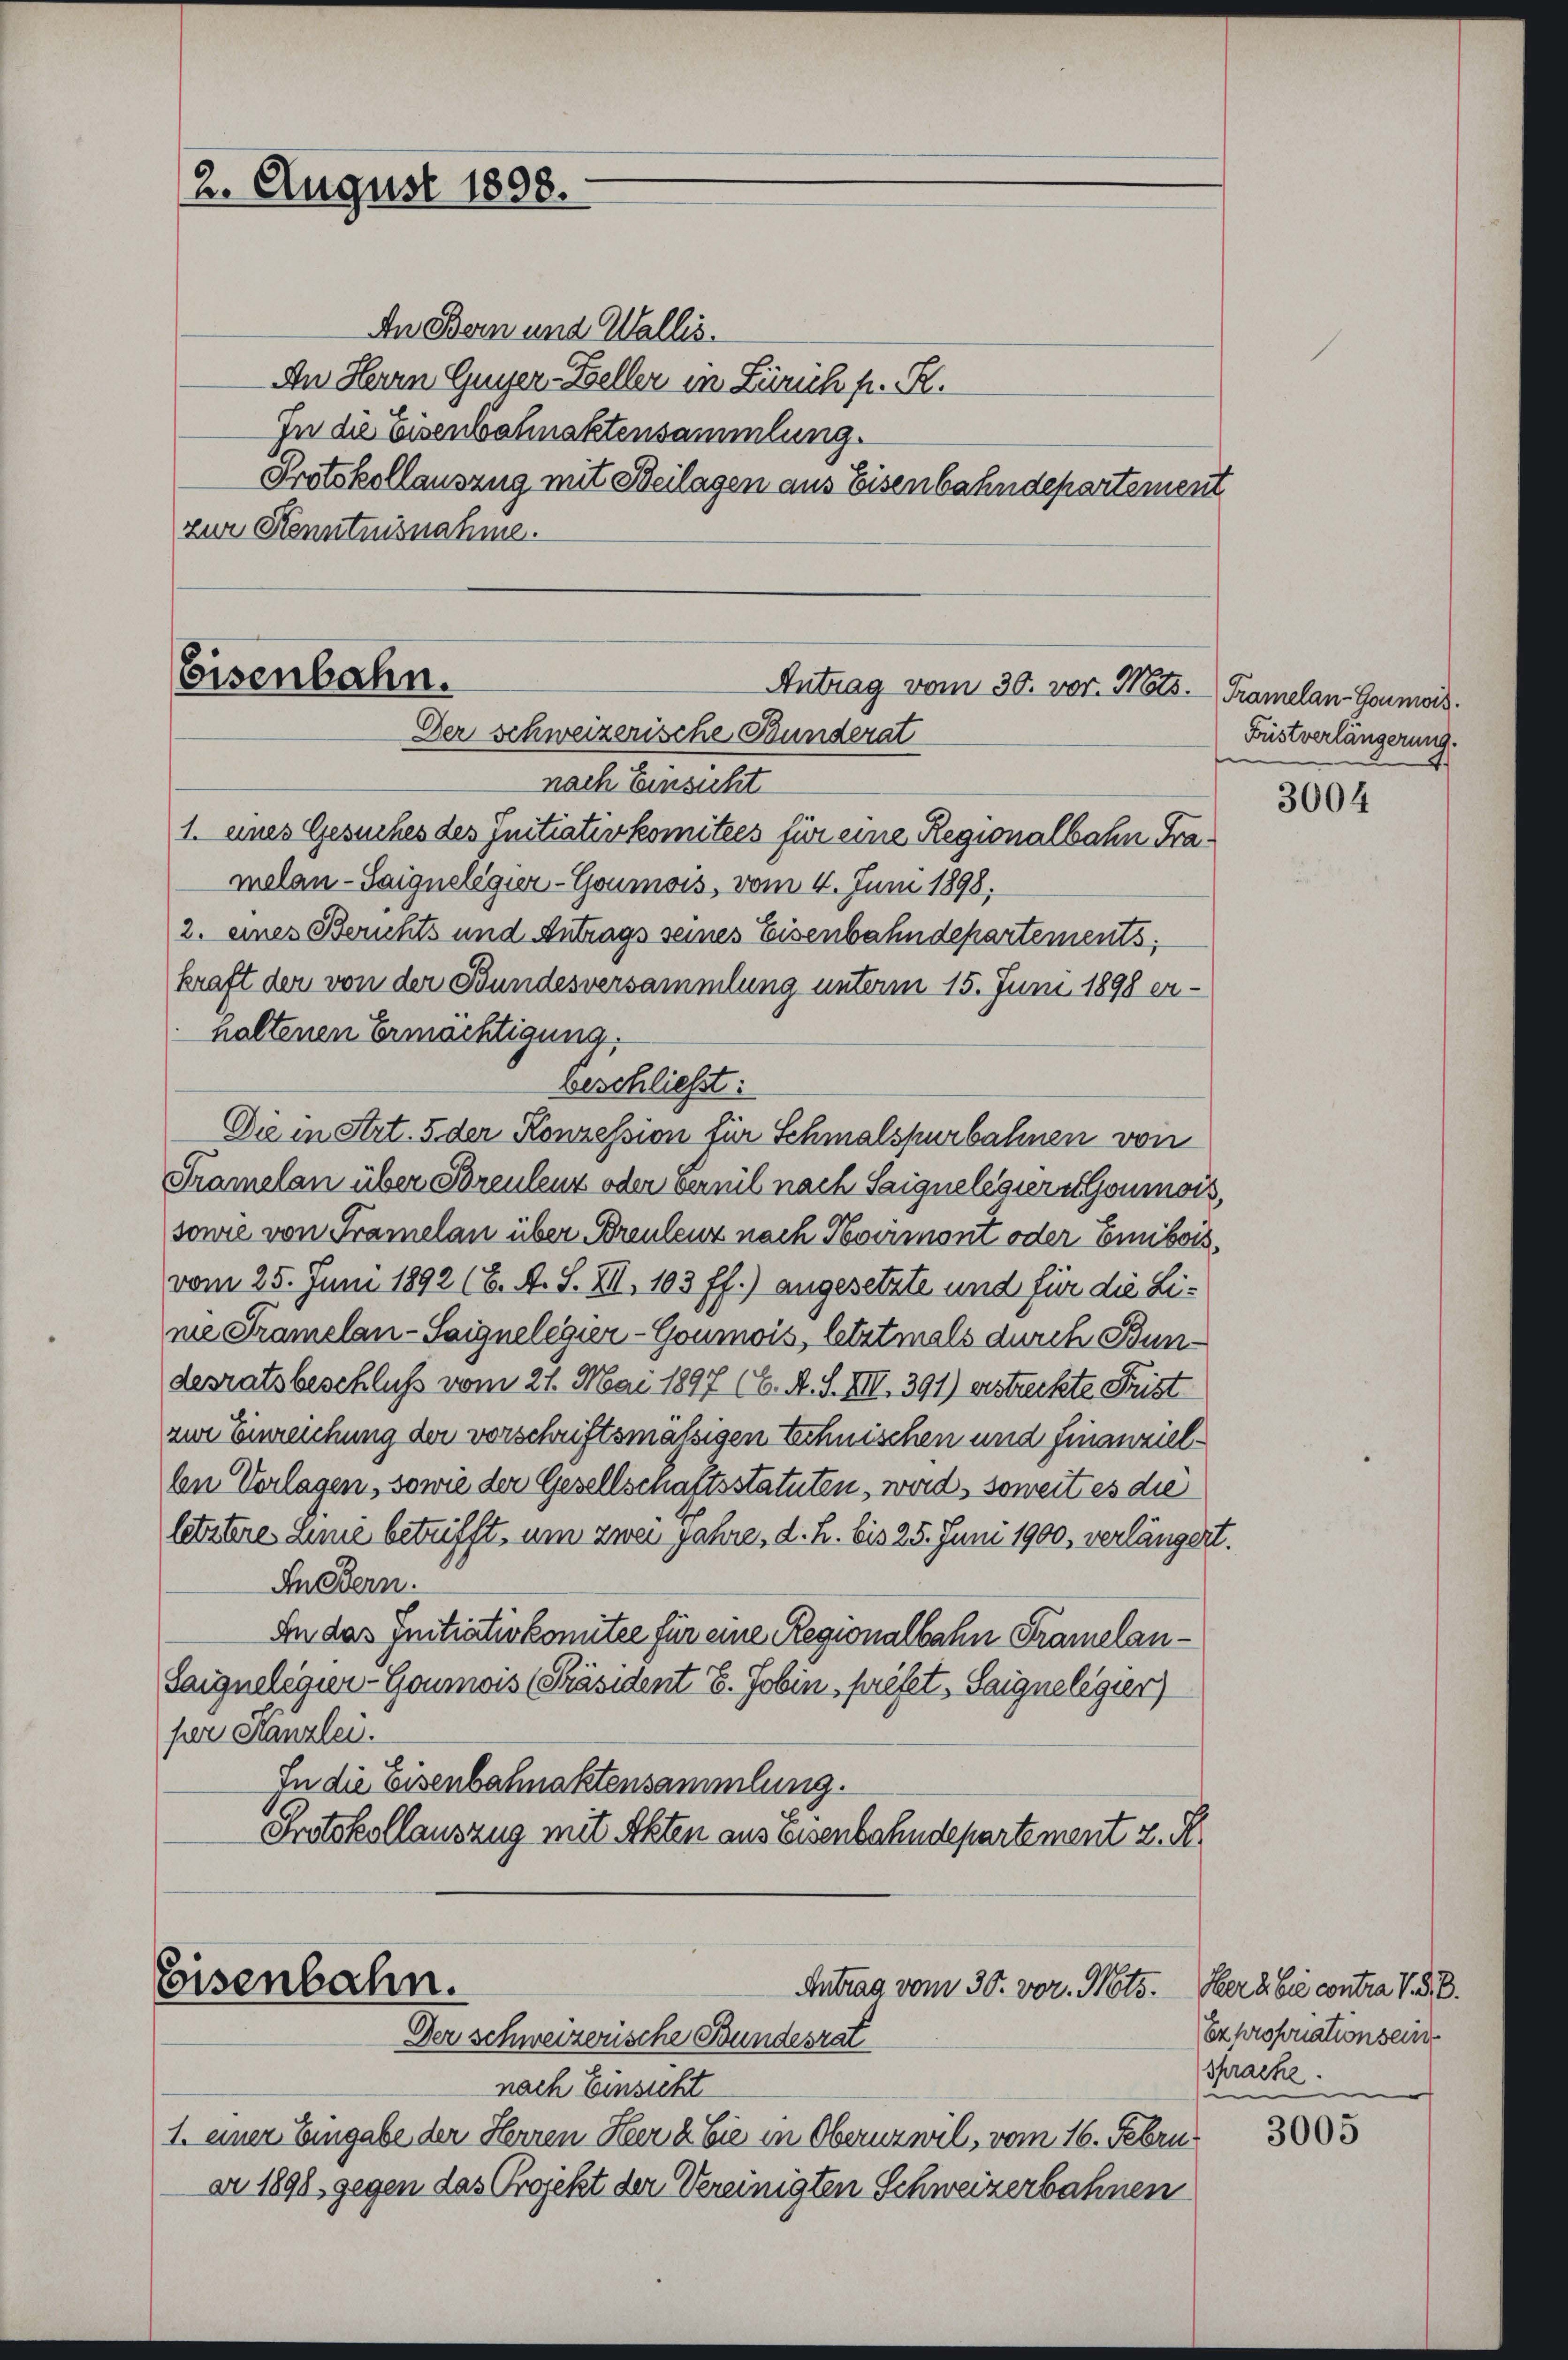
2. August 1898.

Eisenbahn.
Antrag vom 30. vor. Mts. Tramelan-Goumois.
Der schweizerische Bunderat
nach Einsicht

In Bern und Wallis.
An Herrn Guyer-Beller in Zürich f. R.
In die Eisenbahnaktensammlung.
Protokollauszug mit Beilagen aus Eisenbahndepartement
zur Kenntnisnahme.

1. eines Gesuches des Initiativkomitees für eine Regionalbahn Framalan-Saigneligier-Goumois, vom 4. Juni 1898.
2. eines Berichts und Antrags seines Eisenbahndepartements,
kraft der von der Bundesversammlung unterm 15. Juni 1898 er-
haltenen Ermächtigung.
Beschließt:
Die in Art. 5 der Konzession für Schmalspurbahnen von
Pramelan über Soreulenz oder Vereil nach Saignelesiere Goumois,
sonie von Framelan über Breulenz nach Noirmont oder Emibois,
vom 25. Juni 1892 (6. A. S. XII. 103 ff.) angesetzte und für die Line Tramelan-Saignelegier-Goumois, letztmals durch Bundesratsbeschluß vom 21. Mai 1897 (C. A. S. XII. 391) erstreckte Frist
zur Einreichung der vorschriftsmalsigen Technischen und Finanzielbn Vorlagen, sowie der Gesellschaftsstatuten, wird, soweit es die
letzteres Linie betrifft, um zwei Jahre, d. h. bis 25. Juni 1900, verlängert.
In Bern.
In das Initiativkomitee für eine Regionalbahn Pramelan¬
Saigneligier-Goumois Präsident E. Jobin, préfet, Saignelegier
per Stanzlei.
In die Eisenbahnaktensammlung.
Protokollauszug mit Akten aus Eisenbahndepartement z. R.

Eisenbahn.
Antrag vom 30. vor. Mts.
Der Schweizerische Bundesrat

nach Einsicht
1. einer Eingabe der Herren Heer & Cie in Oberuzwil, vom 16. Februar 1898 gegen das Projekt der Vereinigten Schweizerbahnen

Fristverlängerung.

3004

Herabie contra V. 38.
Exproporationsein
shrache.

3005